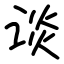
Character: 谈